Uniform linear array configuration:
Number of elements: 16
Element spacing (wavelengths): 0.25
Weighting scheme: binomial
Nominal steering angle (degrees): -60
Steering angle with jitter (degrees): -60.344
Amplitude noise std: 0.05
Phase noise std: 0.05

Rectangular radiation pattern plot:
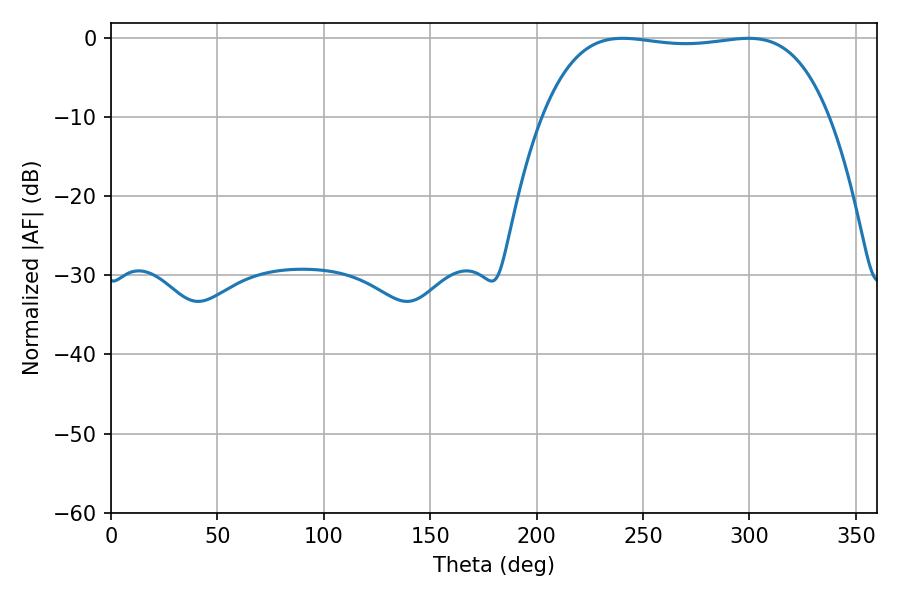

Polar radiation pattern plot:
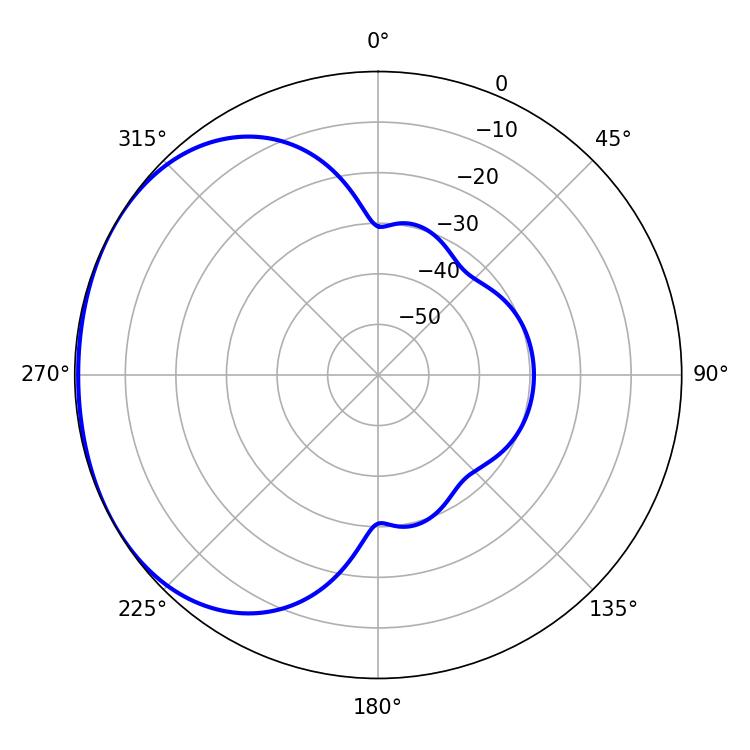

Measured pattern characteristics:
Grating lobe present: FALSE
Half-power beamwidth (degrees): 106.2
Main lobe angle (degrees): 240.48